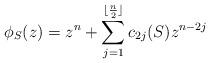
LaTeX: \begin{align*}\phi_S(z)=z^n+\sum\limits_{j=1}^{\lfloor{\frac{n}{2}}\rfloor}c_{2j}(S)z^{n-2j}\end{align*}